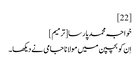
[22]
خواجہ محمد پارسا[ترمیم]
اِن کو بچپن میں مولانا جامی نے دیکھا۔